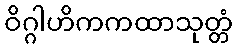
ဝိဂ္ဂါဟိကကထာသုတ္တံ